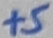
Text: +5